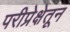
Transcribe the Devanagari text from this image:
परीप्रेक्षेतून